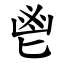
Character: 鬯